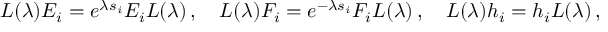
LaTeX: L ( \lambda ) E _ { i } = e ^ { \lambda s _ { i } } E _ { i } L ( \lambda ) \, , ~ ~ ~ L ( \lambda ) F _ { i } = e ^ { - \lambda s _ { i } } F _ { i } L ( \lambda ) \, , ~ ~ ~ L ( \lambda ) h _ { i } = h _ { i } L ( \lambda ) \, ,